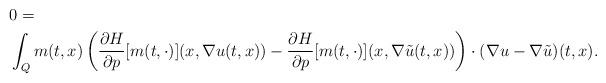
LaTeX: \begin{align*} &0= \\ & \int_{Q} m(t,x) \left( \frac {\partial H}{\partial p} [m(t,\cdot)]( x, \nabla u(t,x)) - \frac {\partial H}{\partial p}[m(t,\cdot)]( x, \nabla \tilde u(t,x))\right)\cdot (\nabla u-\nabla \tilde u) (t,x). \end{align*}